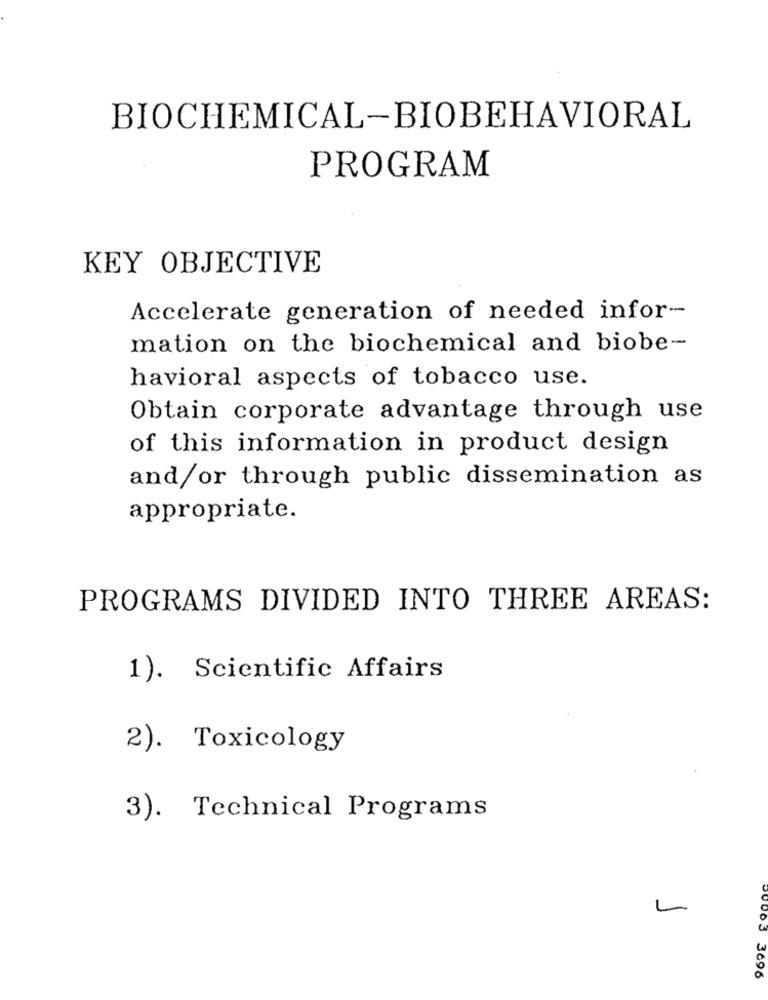
BIOCHEMICAL-BIOBEHAVIORAL
PROGRAM
KEY OBJECTIVE
Accelerate generation of needed infor-
mation on the biochemical and biobe-
havioral aspects of tobacco use.
Obtain corporate advantage through use
of this information in product design
and/or through public dissemination as
appropriate.
PROGRAMS DIVIDED INTO THREE AREAS:
1). Scientific Affairs
2). Toxicology
3). Technical Programs
L
0003 3696